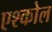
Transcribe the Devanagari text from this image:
एश्कोल